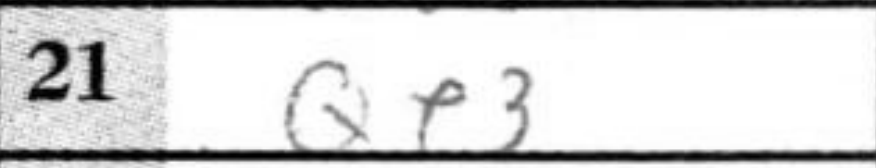
Transcription: Qe3